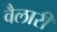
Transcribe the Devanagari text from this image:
वैलारी